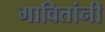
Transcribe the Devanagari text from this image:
गावितांनी